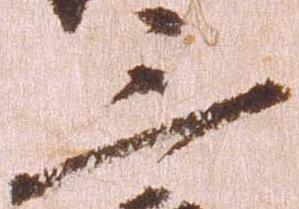
三